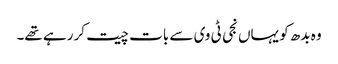
وہ بدھ کو یہاں نجی ٹی وی سے بات چیت کر رہے تھے۔